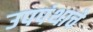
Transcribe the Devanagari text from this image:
उपपंथाचे